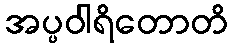
အပ္ပဝါရိတောတိ